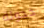
خجولة